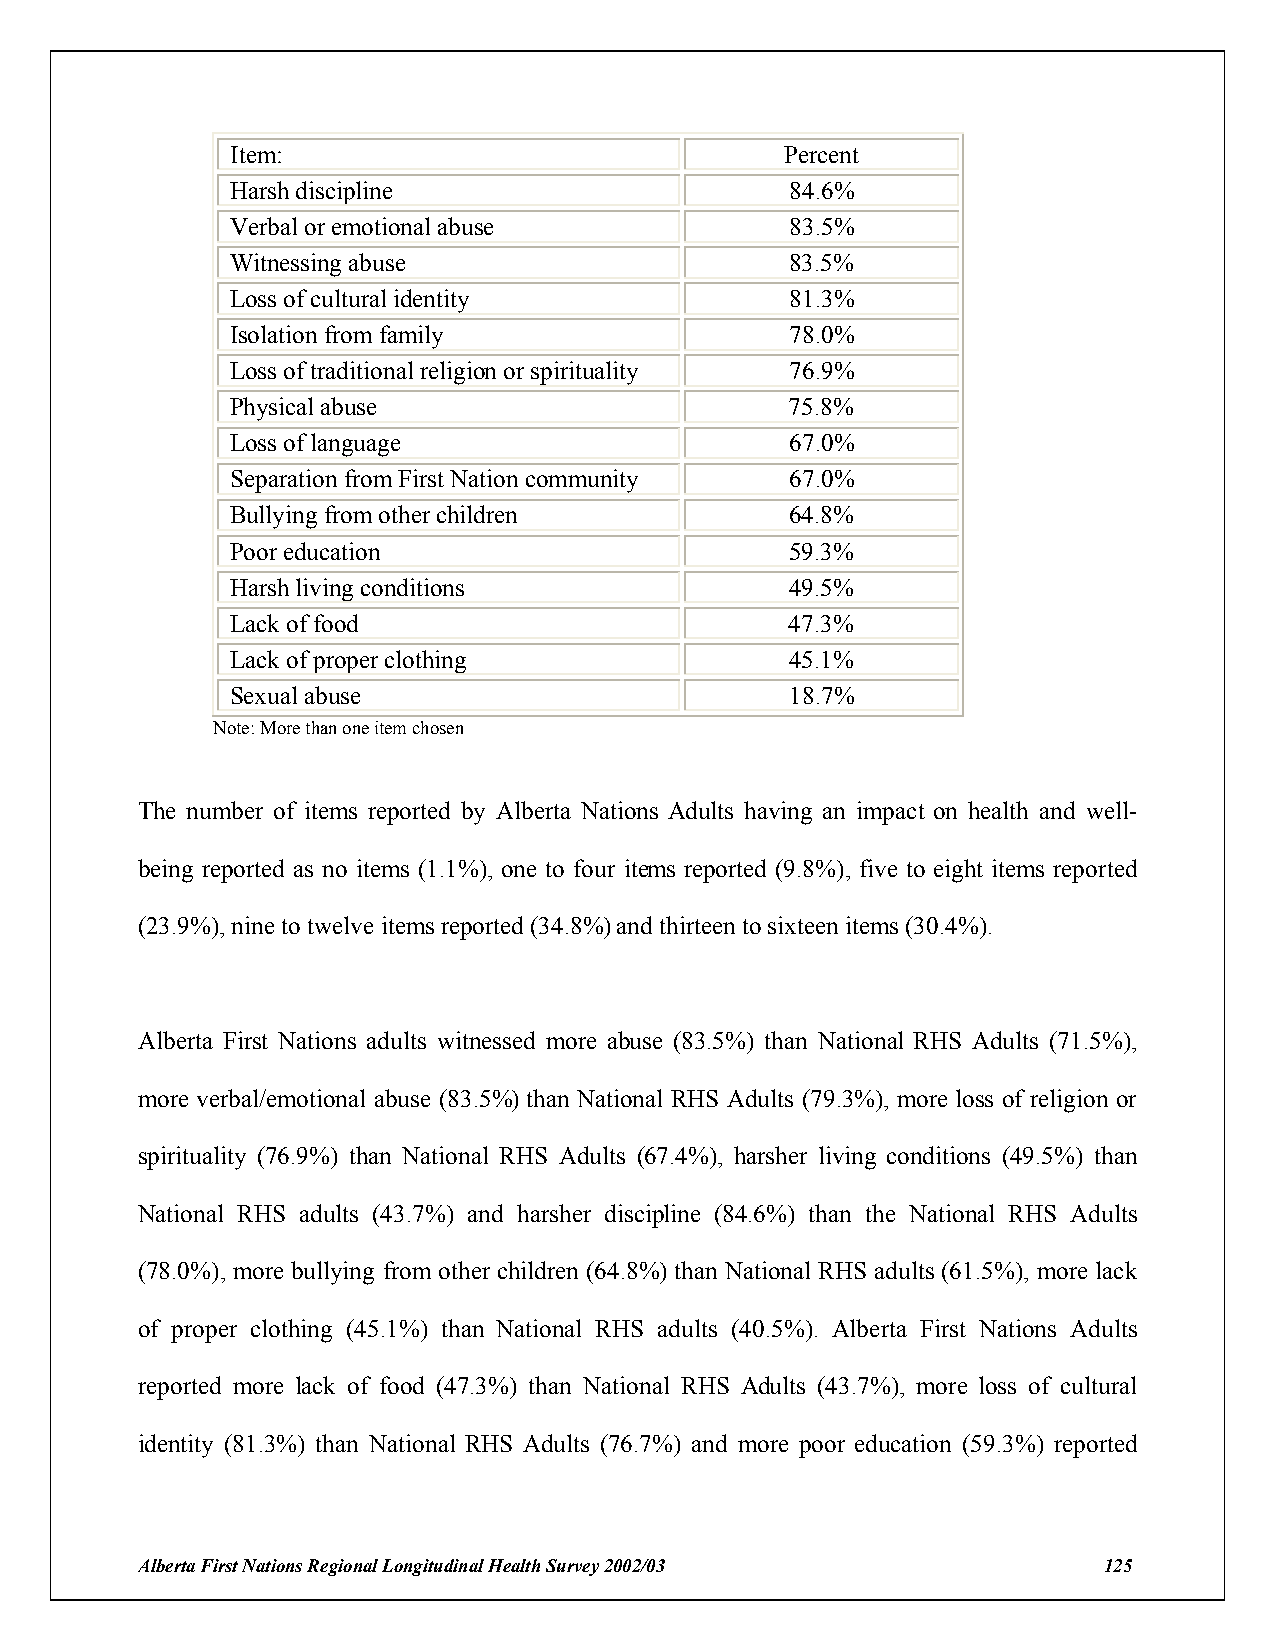
Item:                                Percent
 Harsh discipline                     84.6%
 Verbal or emotional abuse            83.5%
 Witnessing abuse                     83.5%
 Loss of cultural identity            81.3%
 Isolation from family                78.0%
 Loss of traditional religion or spirituality 76.9%
 Physical abuse                       75.8%
 Loss of language                     67.0%
 Separation from First Nation community 67.0%
 Bullying from other children         64.8%
 Poor education                       59.3%
 Harsh living conditions              49.5%
 Lack of food                         47.3%
 Lack of proper clothing              45.1%
 Sexual abuse                         18.7%
 Note: More than one item chosen
 The number of items reported by Alberta Nations Adults having an impact on health and well-
 being reported as no items (1.1%), one to four items reported (9.8%), five to eight items reported
 (23.9%), nine to twelve items reported (34.8%) and thirteen to sixteen items (30.4%).
 Alberta First Nations adults witnessed more abuse (83.5%) than National RHS Adults (71.5%),
 more verbal/emotional abuse (83.5%) than National RHS Adults (79.3%), more loss of religion or
 spirituality (76.9%) than National RHS Adults (67.4%), harsher living conditions (49.5%) than
 National RHS adults (43.7%) and harsher discipline (84.6%) than the National RHS Adults
 (78.0%), more bullying from other children (64.8%) than National RHS adults (61.5%), more lack
 of proper clothing (45.1%) than National RHS adults (40.5%). Alberta First Nations Adults
 reported more lack of food (47.3%) than National RHS Adults (43.7%), more loss of cultural
 identity (81.3%) than National RHS Adults (76.7%) and more poor education (59.3%) reported
 Alberta First Nations Regional Longitudinal Health Survey 2002/03 125